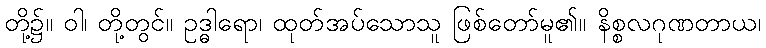
တို့၌။ ဝါ၊ တို့တွင်။ ဥဒ္ဓါရော၊ ထုတ်အပ်သောသူ ဖြစ်တော်မူ၏။ နိစ္စလဂုဏတာယ၊